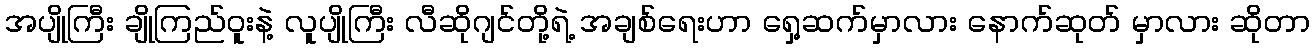
အပျိုကြီး ချိုကြည်ဝူးနဲ့ လူပျိုကြီး လီဆိုဂျင်တို့ရဲ့ အချစ်ရေးဟာ ရှေ့ဆက်မှာလား နောက်ဆုတ် မှာလား ဆိုတာ